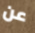
عن